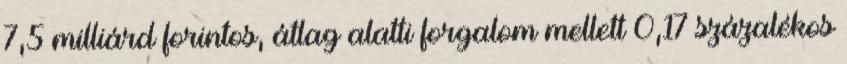
7,5 milliárd forintos, átlag alatti forgalom mellett 0,17 százalékos